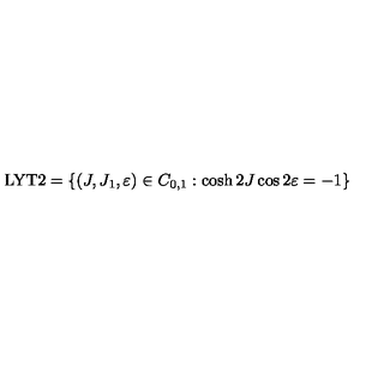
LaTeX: \mathrm { L Y T 2 } = \left\{ ( J , J _ { 1 } , \varepsilon ) \in C _ { 0 , 1 } : \cosh 2 J \cos 2 \varepsilon = - 1 \right\}